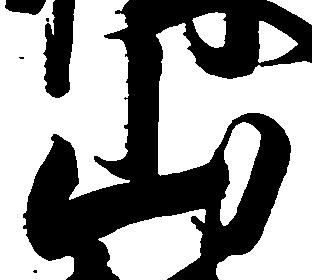
山